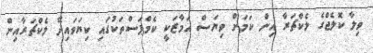
ވިލާ ކޮލެޖްގެ ލެކްޗަރާ އިން ކަމަށް ވިޔަސް އަމާޒަކީ ކެމްޕަސްތަކުގައި ކިޔަވައިދޭ ލެކްޗަރާއިން